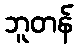
ဘူတန်